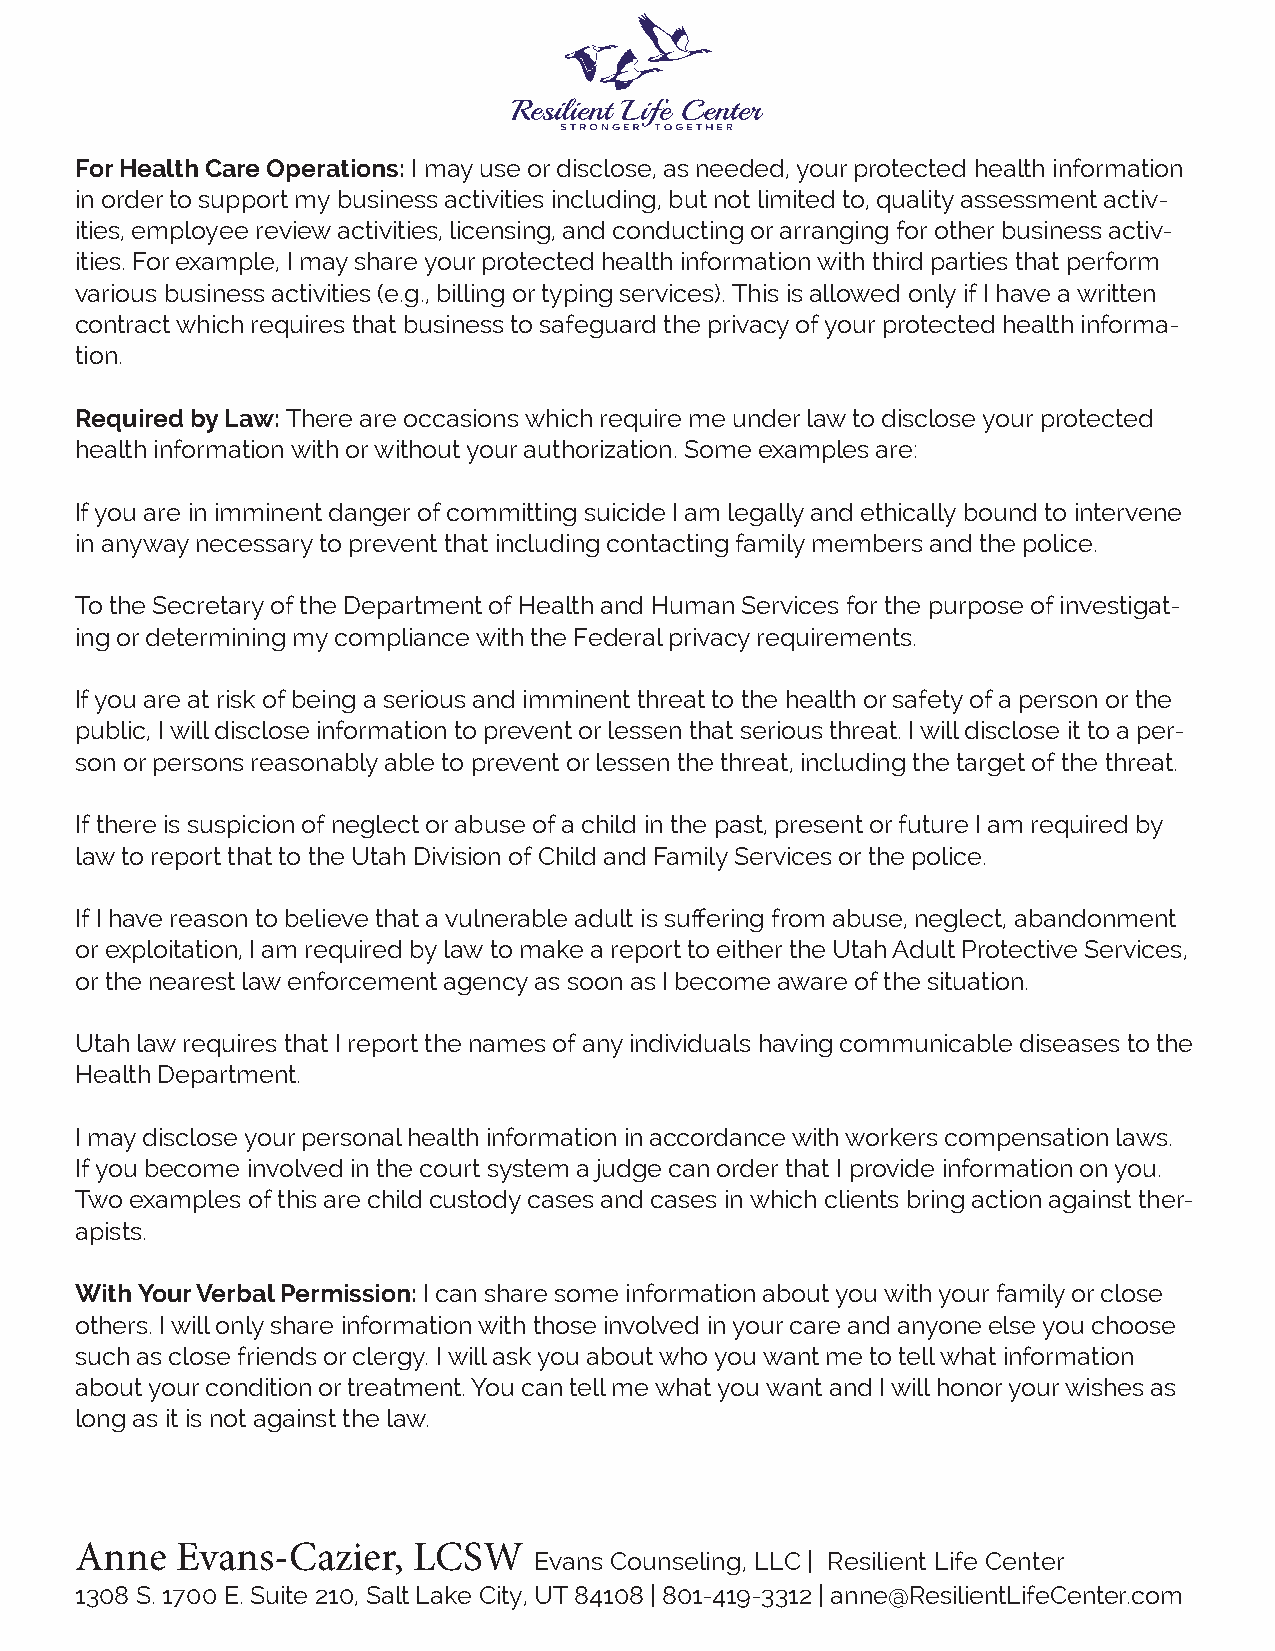
For Health Care Operations: I may use or disclose, as needed, your protected health information
 in order to support my business activities including, but not limited to, quality assessment activ-
 ities, employee review activities, licensing, and conducting or arranging for other business activ-
 ities. For example, I may share your protected health information with third parties that perform
 various business activities (e.g., billing or typing services). This is allowed only if I have a written
 contract which requires that business to safeguard the privacy of your protected health informa-
 tion.
 Required by Law: There are occasions which require me under law to disclose your protected
 health information with or without your authorization. Some examples are:
 If you are in imminent danger of committing suicide I am legally and ethically bound to intervene
 in anyway necessary to prevent that including contacting family members and the police.
 To the Secretary of the Department of Health and Human Services for the purpose of investigat-
 ing or determining my compliance with the Federal privacy requirements.
 If you are at risk of being a serious and imminent threat to the health or safety of a person or the
 public, I will disclose information to prevent or lessen that serious threat. I will disclose it to a per-
 son or persons reasonably able to prevent or lessen the threat, including the target of the threat.
 If there is suspicion of neglect or abuse of a child in the past, present or future I am required by
 law to report that to the Utah Division of Child and Family Services or the police.
 If I have reason to believe that a vulnerable adult is suffering from abuse, neglect, abandonment
 or exploitation, I am required by law to make a report to either the Utah Adult Protective Services,
 or the nearest law enforcement agency as soon as I become aware of the situation.
 Utah law requires that I report the names of any individuals having communicable diseases to the
 Health Department.
 I may disclose your personal health information in accordance with workers compensation laws.
 If you become involved in the court system a judge can order that I provide information on you.
 Two examples of this are child custody cases and cases in which clients bring action against ther-
 apists.
 With Your Verbal Permission: I can share some information about you with your family or close
 others. I will only share information with those involved in your care and anyone else you choose
 such as close friends or clergy. I will ask you about who you want me to tell what information
 about your condition or treatment. You can tell me what you want and I will honor your wishes as
 long as it is not against the law.
 Anne   Evans-Cazier,  LCSW
 Evans Counseling, LLC | Resilient Life Center
 1308 S. 1700 E. Suite 210, Salt Lake City, UT 84108 | 801-419-3312 | anne@ResilientLifeCenter.com